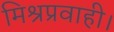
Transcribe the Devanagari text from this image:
मिश्रप्रवाही।